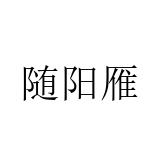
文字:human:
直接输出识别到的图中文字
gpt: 随阳雁